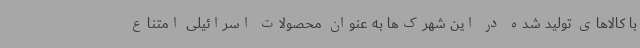
با کالاهای تولید شده در این شهرک‌ها به عنوان محصولات اسرائیلی امتناع